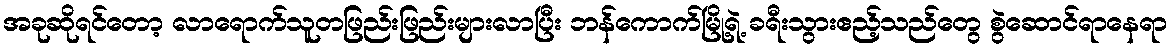
အခုဆိုရင်တော့ လာရောက်သူတဖြည်းဖြည်းများလာပြီး ဘန်ကောက်မြို့ရဲ့ ခရီးသွားဧည့်သည်တွေ စွဲဆောင်ရာနေရာ